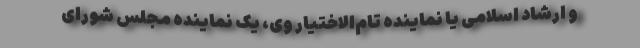
و ارشاد اسلامی یا نماینده تام‌الاختیار وی، یک نماینده مجلس شورای